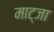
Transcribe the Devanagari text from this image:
माट्जा